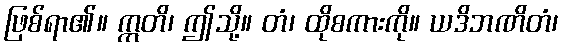
ဖြစ်ရာ၏။ ဣတိ၊ ဤသို့။ တံ၊ ထိုစကားကို။ ယဒိဘဏိတံ၊